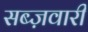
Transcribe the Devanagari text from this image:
सब्ज़वारी